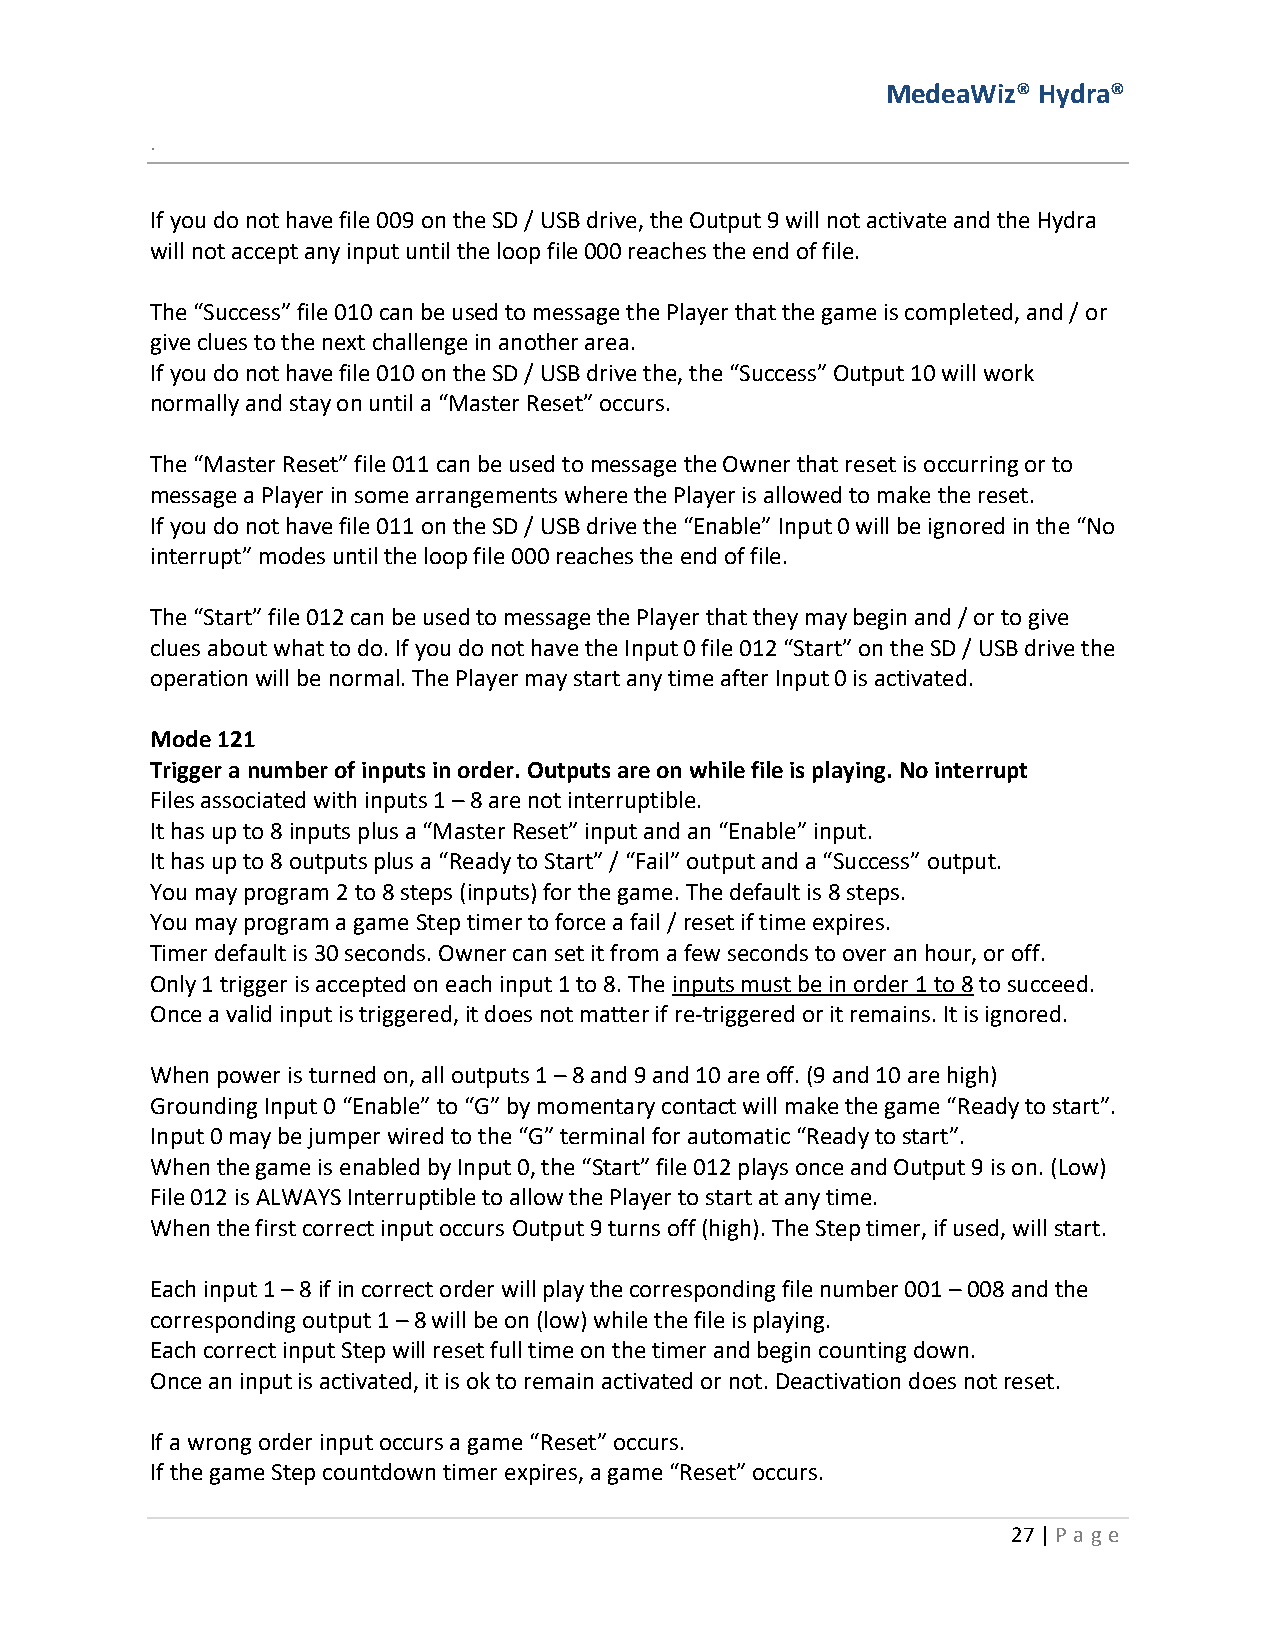
MedeaWiz® Hydra®
 .
 If you do not have file 009 on the SD / USB drive, the Output 9 will not activate and the Hydra
 will not accept any input until the loop file 000 reaches the end of file.
 The “Success” file 010 can be used to message the Player that the game is completed, and / or
 give clues to the next challenge in another area.
 If you do not have file 010 on the SD / USB drive the, the “Success” Output 10 will work
 normally and stay on until a “Master Reset” occurs.
 The “Master Reset” file 011 can be used to message the Owner that reset is occurring or to
 message a Player in some arrangements where the Player is allowed to make the reset.
 If you do not have file 011 on the SD / USB drive the “Enable” Input 0 will be ignored in the “No
 interrupt” modes until the loop file 000 reaches the end of file.
 The “Start” file 012 can be used to message the Player that they may begin and / or to give
 clues about what to do. If you do not have the Input 0 file 012 “Start” on the SD / USB drive the
 operation will be normal. The Player may start any time after Input 0 is activated.
 Mode 121
 Trigger a number of inputs in order. Outputs are on while file is playing. No interrupt
 Files associated with inputs 1 – 8 are not interruptible.
 It has up to 8 inputs plus a “Master Reset” input and an “Enable” input.
 It has up to 8 outputs plus a “Ready to Start” / “Fail” output and a “Success” output.
 You may program 2 to 8 steps (inputs) for the game. The default is 8 steps.
 You may program a game Step timer to force a fail / reset if time expires.
 Timer default is 30 seconds. Owner can set it from a few seconds to over an hour, or off.
 Only 1 trigger is accepted on each input 1 to 8. The inputs must be in order 1 to 8 to succeed.
 Once a valid input is triggered, it does not matter if re-triggered or it remains. It is ignored.
 When power is turned on, all outputs 1 – 8 and 9 and 10 are off. (9 and 10 are high)
 Grounding Input 0 “Enable” to “G” by momentary contact will make the game “Ready to start”.
 Input 0 may be jumper wired to the “G” terminal for automatic “Ready to start”.
 When the game is enabled by Input 0, the “Start” file 012 plays once and Output 9 is on. (Low)
 File 012 is ALWAYS Interruptible to allow the Player to start at any time.
 When the first correct input occurs Output 9 turns off (high). The Step timer, if used, will start.
 Each input 1 – 8 if in correct order will play the corresponding file number 001 – 008 and the
 corresponding output 1 – 8 will be on (low) while the file is playing.
 Each correct input Step will reset full time on the timer and begin counting down.
 Once an input is activated, it is ok to remain activated or not. Deactivation does not reset.
 If a wrong order input occurs a game “Reset” occurs.
 If the game Step countdown timer expires, a game “Reset” occurs.
 27 | P age